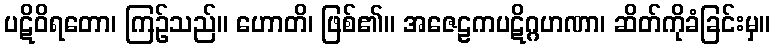
ပဋိဝိရတော၊ ကြဉ်သည်။ ဟောတိ၊ ဖြစ်၏။ အဇေဠကပဋိဂ္ဂဟဏာ၊ ဆိတ်ကိုခံခြင်းမှ။